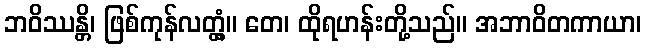
ဘဝိဿန္တိ၊ ဖြစ်ကုန်လတ္တံ့။ တေ၊ ထိုရဟန်းတို့သည်။ အဘာဝိတကာယာ၊